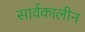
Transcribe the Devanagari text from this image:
सार्वकालीन